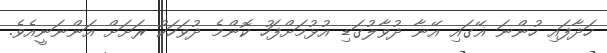
ހަދާފައި ހުންނަ ޣޭގައި އޭނާ ދުވާލުގަޑި އުޅުމަށްފަހު ކޮންމެ ދުވަހަކު ރަށަށް އަންނަނީއެވެ.